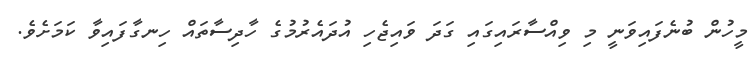
މީހުން ބުނެފައިވަނީ މި ވިއްސާރައިގައި ގަދަ ވައިޖެހި އުދައެރުމުގެ ހާދިސާތައް ހިނގާފައިވާ ކަމަށެވެ.